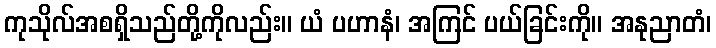
ကုသိုလ်အစရှိသည်တို့ကိုလည်း။ ယံ ပဟာနံ၊ အကြင် ပယ်ခြင်းကို။ အနုညာတံ၊